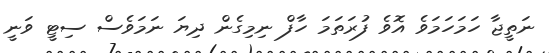
ނަތީޖާ ހަމަހަމަވެ އޮވެ ފުރަތަމަ ހާފް ނިމިގެން ދިޔަ ނަމަވެސް ސިޓީ ވަނީ